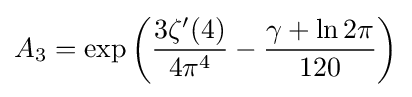
A_{3}=\exp \left({\frac {3\zeta '(4)}{4\pi ^{4}}}-{\frac {\gamma +\ln 2\pi }{120}}\right)